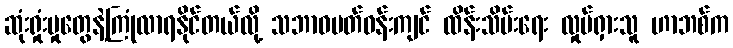
ဆုံးရှုံးမှုတွေနဲ့ကြုံလာရနိုင်တယ်လို့ သဘာဝပတ်ဝန်းကျင် ထိန်းသိမ်းရေး လှုပ်ရှားသူ ဟာဘစ်က